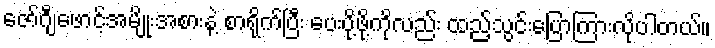
ဇော်ဂျီဖောင့်အမျိုးအစားနဲ့ စာရိုက်ပြီး ပေးပို့ဖို့ကိုလည်း ထည့်သွင်းပြောကြားလိုပါတယ်။